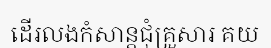
ដើរលងកំសាន្តជុំគ្រួសារ គយ